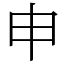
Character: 申